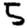
Digit: 5